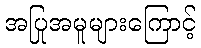
အပြုအမူများကြောင့်